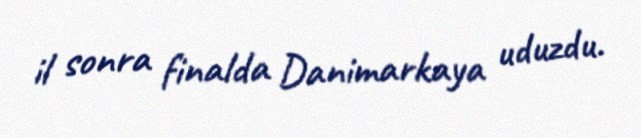
il sonra finalda Danimarkaya uduzdu.